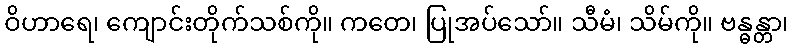
ဝိဟာရေ၊ ကျောင်းတိုက်သစ်ကို။ ကတေ၊ ပြုအပ်သော်။ သီမံ၊ သိမ်ကို။ ဗန္ဓန္တာ၊